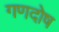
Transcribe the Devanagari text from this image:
गणदोष